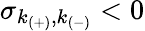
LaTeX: \sigma_{k_{(+)},k_{(-)}}<0